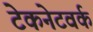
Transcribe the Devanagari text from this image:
टेकनेटवर्क